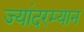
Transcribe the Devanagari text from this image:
ज्यांदरम्यान